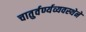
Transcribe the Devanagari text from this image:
चातुर्वर्ण्यव्यवस्थेने